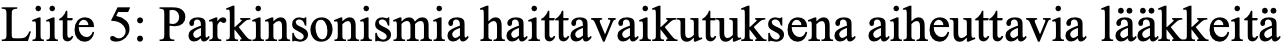
Liite 5: Parkinsonismia haittavaikutuksena aiheuttavia lääkkeitä